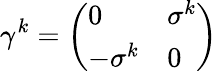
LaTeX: \gamma^{k}={\left(\begin{array}{ll}{0}&{\sigma^{k}}\\ {-\sigma^{k}}&{0}\end{array}\right)}